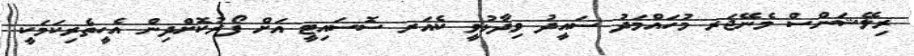
ރިލޭޝަންސް މެނޭޖަރ މުހައްމަދު ސައީދު ވިދާޅުވީ ކެއަރ ސޮސައިޓީ އަށް ފޯރުކޮށްދިން އެހީތެރިކަމަކީ